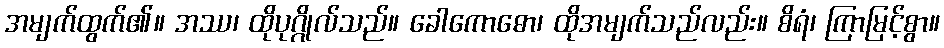
အမျက်ထွက်၏။ အဿ၊ ထိုပုဂ္ဂိုလ်သည်။ ခေါကောဓော၊ ထိုအမျက်သည်လည်း။ စိရံ၊ ကြာမြင့်စွာ။